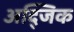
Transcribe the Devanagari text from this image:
अद्जिक